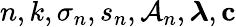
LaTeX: n,k,\sigma_{n},s_{n},\mathcal{A}_{n},\boldsymbol{\lambda},\mathbf{c}